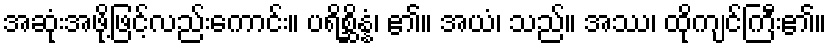
အဆုံးအဖို့ဖြင့်လည်းကောင်း။ ပရိစ္ဆိန္နံ၊ ၏။ အယံ၊ သည်။ အဿ၊ ထိုကျင်ကြီး၏။